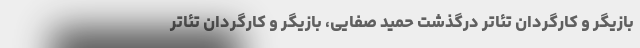
بازیگر و کارگردان تئاتر درگذشت حمید صفایی، بازیگر و کارگردان تئاتر